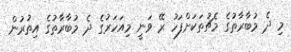
މި ދެ މުބާރާތުގެ މެޗުތަކަށްފަހު ރޭ ވަނީ މިއަހަރުގެ ދެ މުބާރާތުގެ އިތުރުން